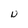
Character: N